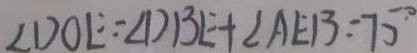
\angle D O E = \angle D B E + \angle A E B = 7 5 ^ { \circ }